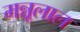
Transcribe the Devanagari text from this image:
मन्नूलाल